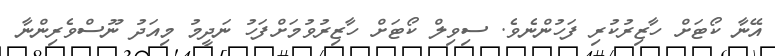
އޭނާ ކޯޓަށް ހާޒިރުކުރި ފަހުންނެވެ. ސިވިލް ކޯޓަށް ހާޒިރުވުމަށްފަހު ނަދީމު މިއަދު ނޫސްވެރިންނާ